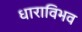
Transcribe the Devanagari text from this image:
धाराविभव